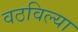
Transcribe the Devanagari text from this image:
वठविल्या